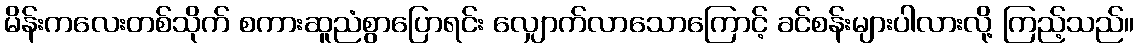
မိန်းကလေးတစ်သိုက် စကားဆူညံစွာပြောရင်း လျှောက်လာသောကြောင့် ခင်စန်းများပါလားလို့ ကြည့်သည်။